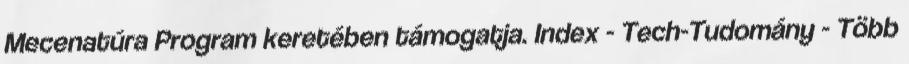
Mecenatúra Program keretében támogatja. Index - Tech-Tudomány - Több